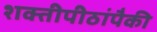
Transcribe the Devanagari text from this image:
शक्तीपीठांपैकी